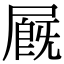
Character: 𡳅